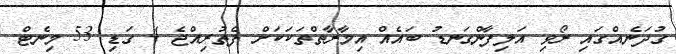
ގުދަނެއްގައި ރޯވި އަލިފާންގަނޑު ބައެއް އިމާރާތްތަކަކަށް ފެތުރިއްޖެ 4 ގަޑި 53 މިނެޓް